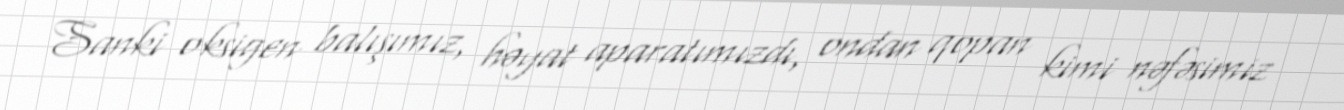
Sanki oksigen balışımız, həyat aparatımızdı, ondan qopan kimi nəfəsimiz